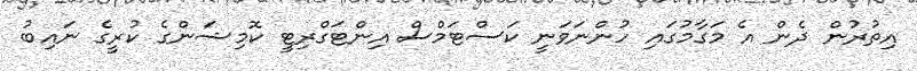
އިތުރުން ދެން އެ މަގާމުގައި ހުންނަވަނީ ކަސްޓަމްސް އިންޓަގްރިޓީ ކޮމިޝަންގެ ކުރީގެ ނައިބު